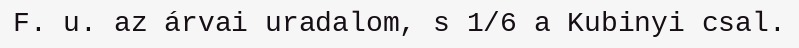
F. u. az árvai uradalom, s 1/6 a Kubinyi csal.